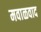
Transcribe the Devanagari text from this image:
मवाळवाद